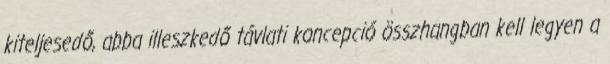
kiteljesedő, abba illeszkedő távlati koncepció összhangban kell legyen a